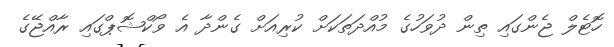
ހޮޓެލް ޖެންގައި ތިން ދުވަހުގެ މުއްދަތަކަށް ކުރިއަށް ގެންދާ އެ ވޯކްޝޮޕްގައި ރާއްޖޭގެ